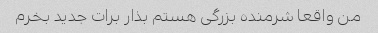
من واقعا شرمنده بزرگی هستم بذار برات جدید بخرم